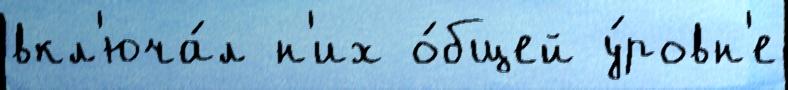
вкл'юча́л н'их о́бщей у́ровн'е